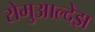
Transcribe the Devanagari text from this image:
रोमुआल्देझ